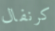
كرنفال